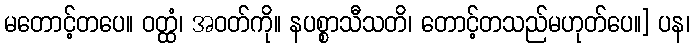
မတောင့်တပေ။ ဝတ္ထံ၊ အဝတ်ကို။ နပစ္စာသီသတိ၊ တောင့်တသည်မဟုတ်ပေ။] ပန၊